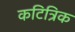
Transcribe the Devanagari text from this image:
कटित्रिक